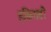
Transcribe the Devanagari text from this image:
हकिगती